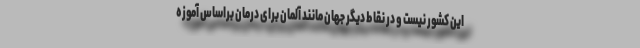
این کشور نیست و در نقاط دیگر جهان مانند آلمان برای درمان براساس آموزه